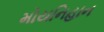
મોયનિહાન